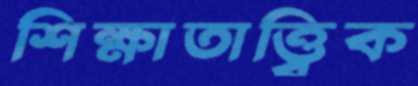
শিক্ষাতাত্ত্বিক